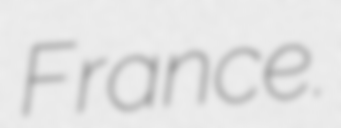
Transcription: France.